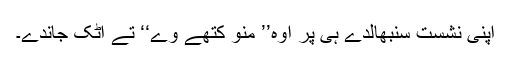
اپنی نشست سنبھالدے ہی پر اوہ’’ منو کتھے وے‘‘ تے اٹک جاندے۔